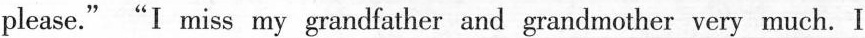
please.""I miss my grandfather and grandmother very much. I